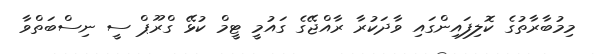
މިމުބާރާތުގެ ކޮލިފައިންގައި ވާދަކުރާ ރާއްޖޭގެ ގައުމީ ޓީމް ކުޅޭ ގްރޫޕް ސީ ނިސްބަތްވާ